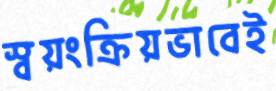
স্বয়ংক্রিয়ভাবেই